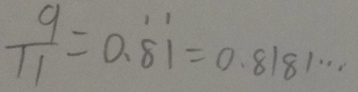
\frac { 9 } { 1 1 } = 0 . \dot { 8 } \dot { 1 } = 0 . 8 1 8 1 \cdots